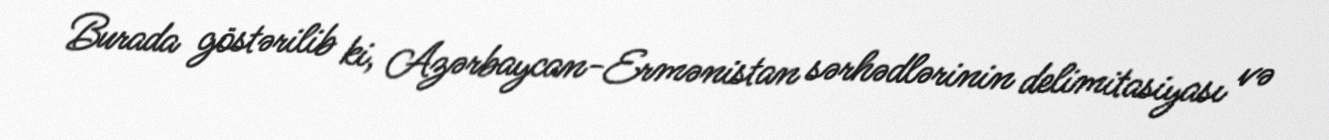
Burada göstərilib ki, Azərbaycan-Ermənistan sərhədlərinin delimitasiyası və